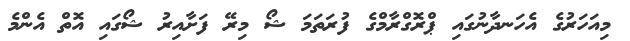
މިއަހަރުގެ އެހަނދާނުގައި ޕްރޮގްރާމްގެ ފުރަތަމަ ޝޯ މިރޭ ފަށާއިރު ޝޯގައި އޮތް އެންމެ